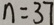
n = 3 7